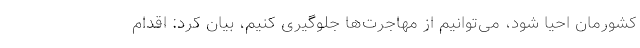
کشورمان احیا شود، می‌توانیم از مهاجرت‌ها جلوگیری کنیم، بیان کرد: اقدام